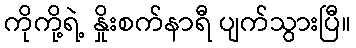
ကိုကို့ရဲ့ နှိုးစက်နာရီ ပျက်သွားပြီ။